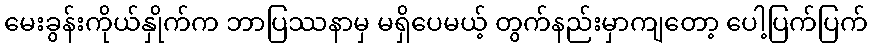
မေးခွန်းကိုယ်နှိုက်က ဘာပြဿနာမှ မရှိပေမယ့် တွက်နည်းမှာကျတော့ ပေါ့ပြက်ပြက်